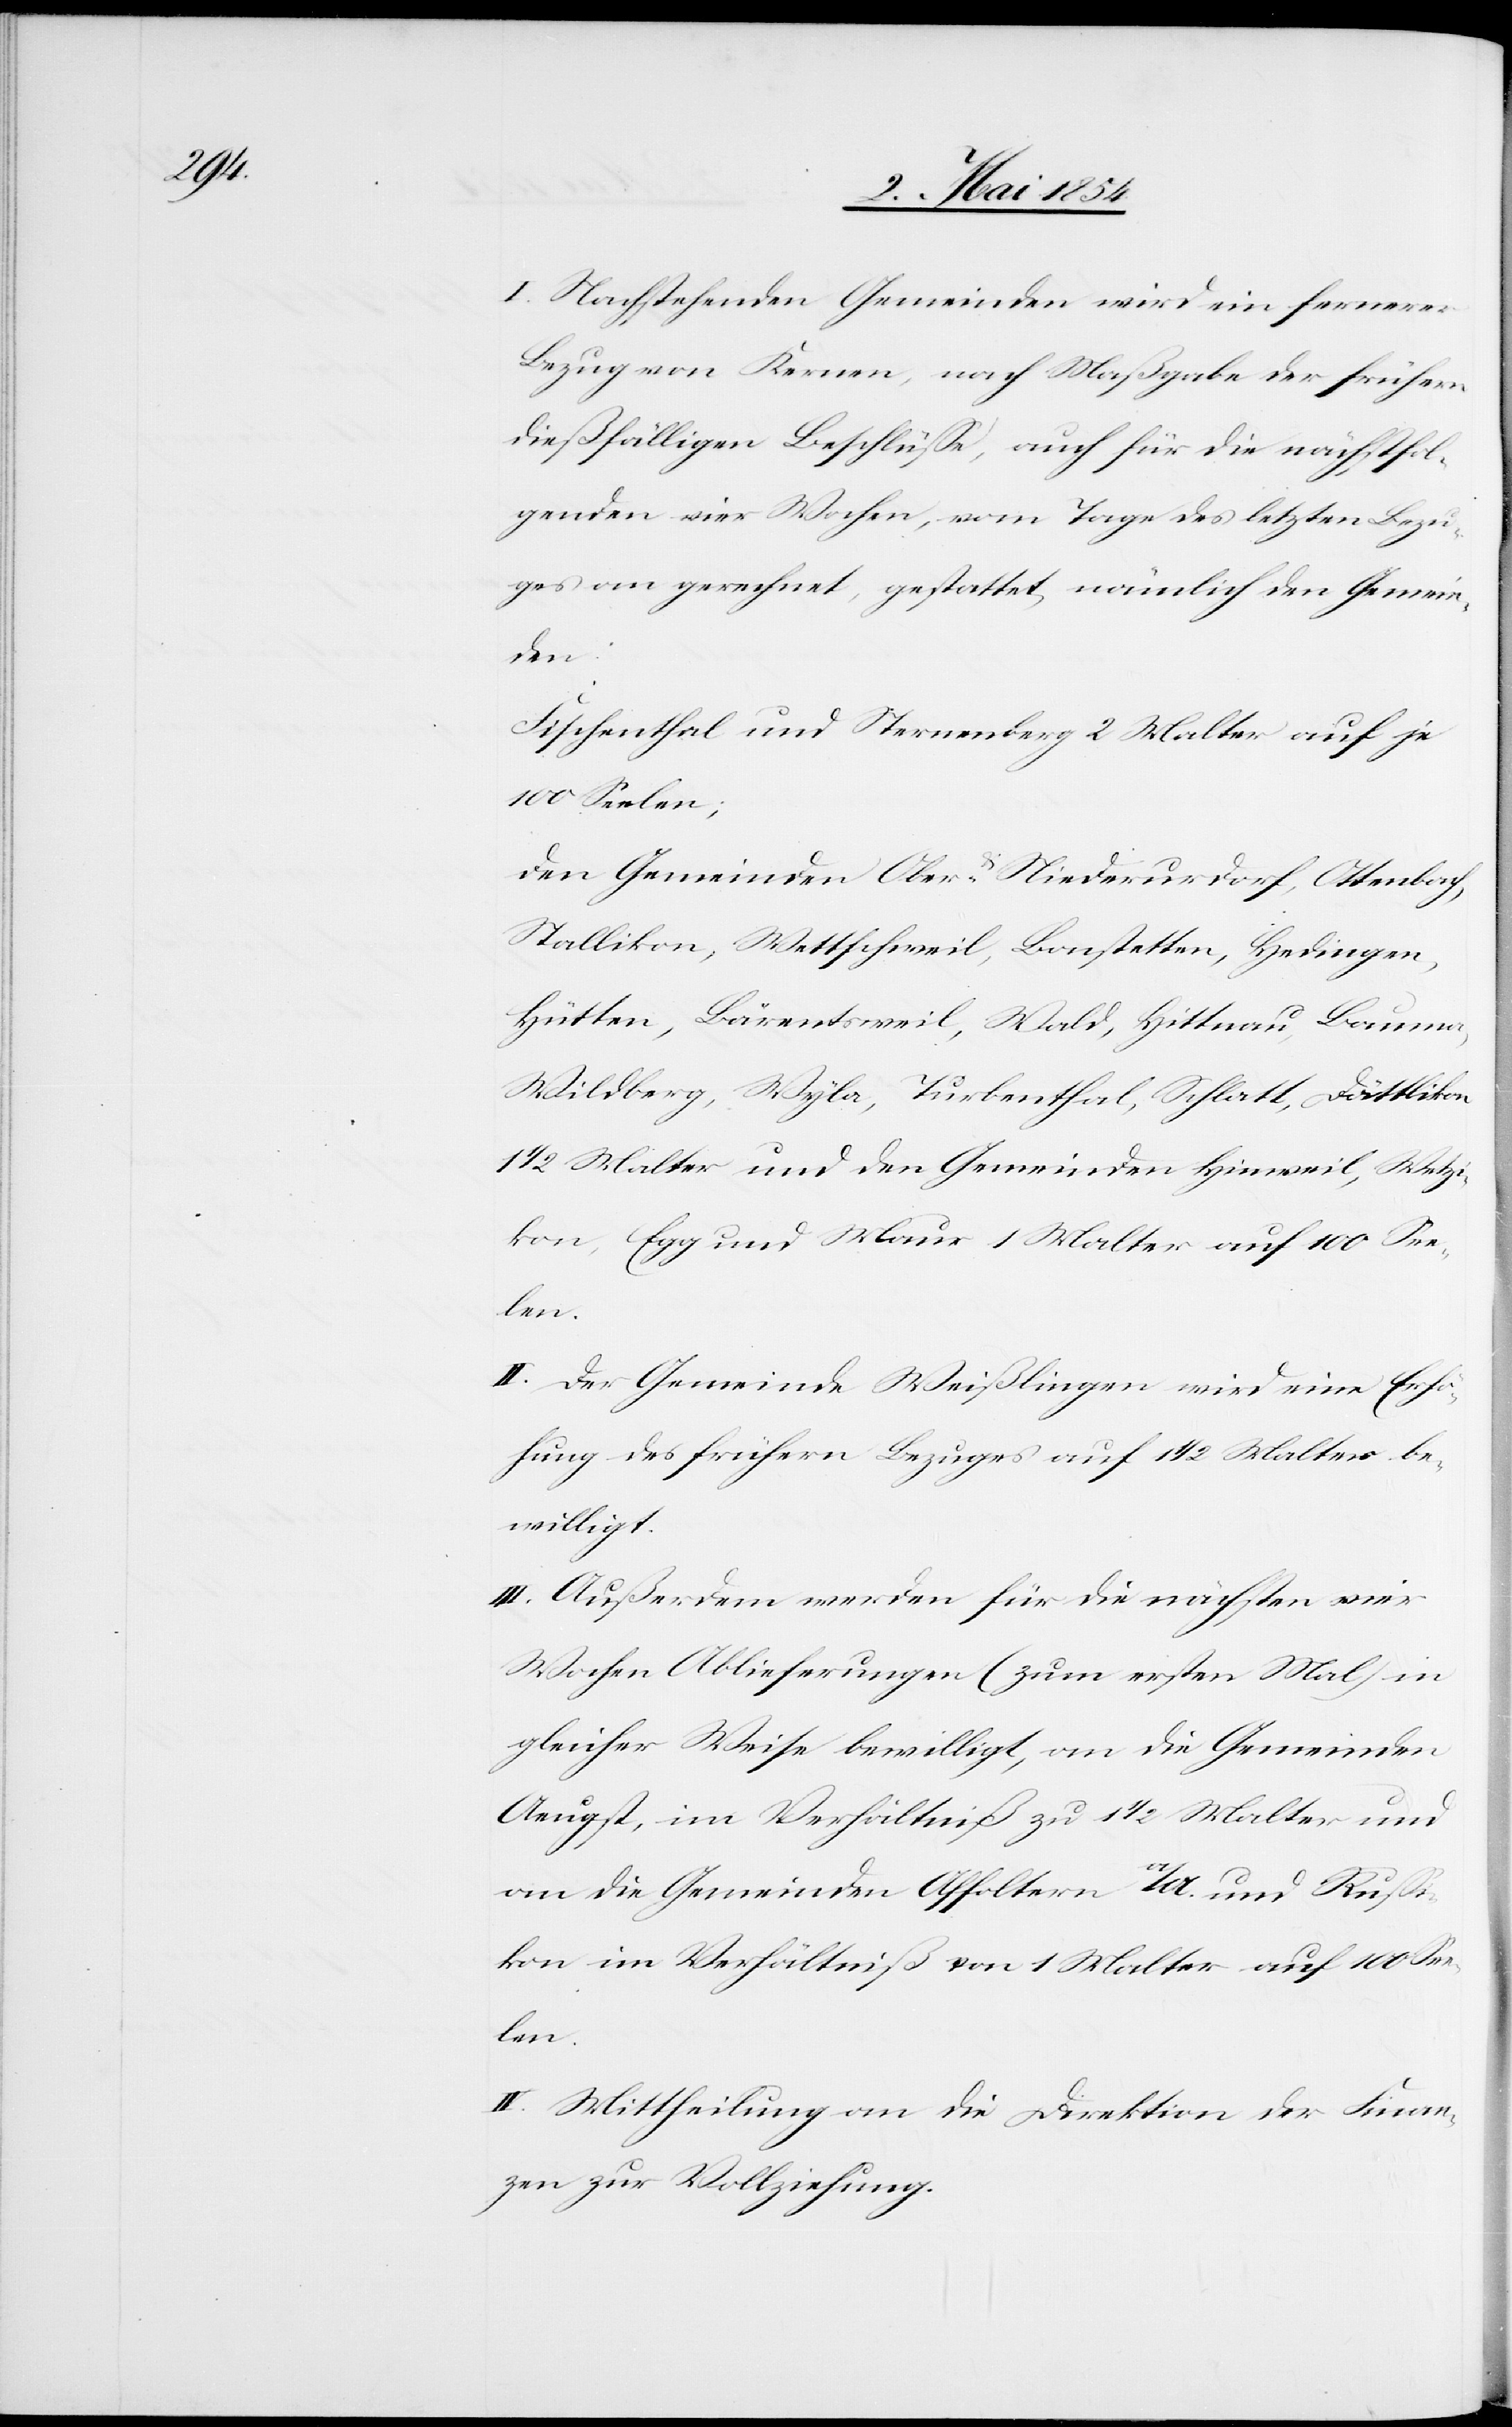
I. Nachstehenden Gemeinden wird ein fernerer
Bezug von Kernen, nach Maßgabe der frühern
dießfälligen Beschlüße, auch für die nächstfol¬
genden vier Wochen, vom Tage des letzten Bezu¬
ges an gerechnet, gestattet, nämlich den Gemein¬
den:
Fischenthal und Sternenberg 2 Malter auf je
100 Seelen;
den Gemeinden Ober- & Niederurdorf, Ottenbach,
Stallikon, Wettschweil, Bonstetten, Hedingen,
Hütten, Bärentsweil, Wald, Hittnau, Bauma,
Wildberg, Wyla, Turbenthal, Schlatt, Dättikon
1/2 Malter und den Gemeinden Hinweil, Wetzi¬
kon, Egg und Maur 1 Malter auf 100 See¬
len.
II. Der Gemeinde Weißlingen wird eine Erhö¬
hung des frühern Bezuges auf 1 1/2 Malter be¬
willigt.
III. Außerdem werden für die nächsten vier
Wochen Ablieferungen (zum ersten Mal) in
gleicher Weise bewilligt, an die Gemeinden
Aeugst, im Verhältniß zu 1 1/2 Malter und
an die Gemeinde Affoltern a/A. und Rußi¬
kon im Verhältniß von 1 Malter auf 100 See¬
len.
IV. Mittheilung an die Direktion der Finan¬
zen zur Vollziehung.